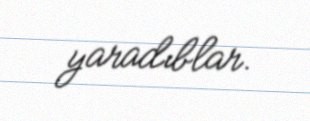
yaradıblar.